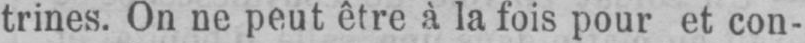
trines. On ne peut être à la fois pour et con-